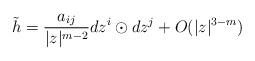
LaTeX: \begin{align*}\tilde{h} = \frac{a_{ij}}{|z|^{m-2}} dz^i \odot dz^j + O(|z|^{3-m})\end{align*}